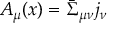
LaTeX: A _ { \mu } ( x ) = \bar { \Sigma } _ { \mu \nu } j _ { \nu }